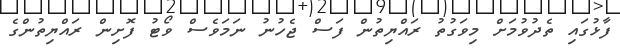
ފާޅުގައި ތެދުވުމަށް މިވަގުތު ރައްޔިތުން ފަސް ޖެހުނު ނަމަވެސް ވޯޓު ފޮށިން ރައްޔިތުންގެ